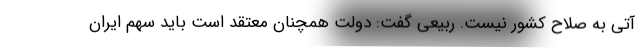
آتی به صلاح کشور نیست. ربیعی گفت: دولت همچنان معتقد است باید سهم ایران